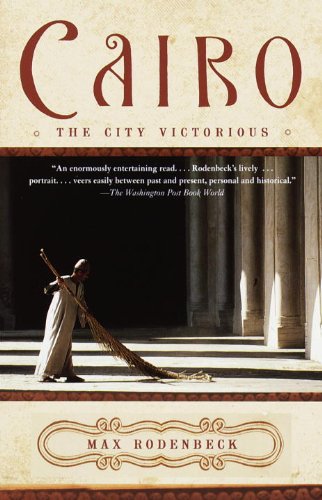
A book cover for Cairo: The City Victorious; Max Rodenbeck; Travel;